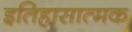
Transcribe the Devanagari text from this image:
इतिहासात्मक